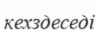
кехздеседі